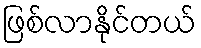
ဖြစ်လာနိုင်တယ်